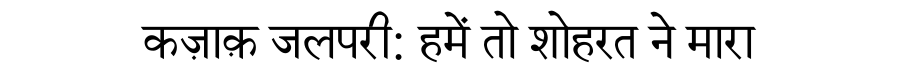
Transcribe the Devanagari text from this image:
कज़ाक़ जलपरी: हमें तो शोहरत ने मारा